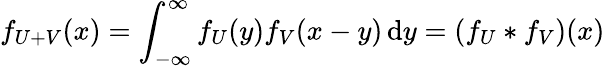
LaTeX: f_{U+V}(x)=\int_{-\infty}^{\infty}f_{U}(y)f_{V}(x-y)\, \mathrm{d}y=\left(f_{U}*f_{V}\right)(x)